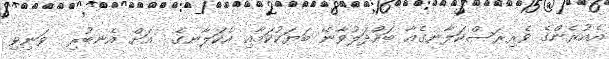
އެއުރެންގެ ވެރިރަސްކަލާނގެއާ ބައްދަލުވާނޭ ބަޔަކުކަމާއި އެކަލާނގެ  އަށް އެނބުރި  ވަނިވި